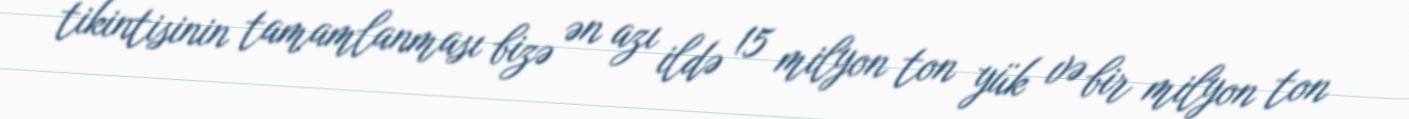
tikintisinin tamamlanması bizə ən azı ildə 15 milyon ton yük və bir milyon ton